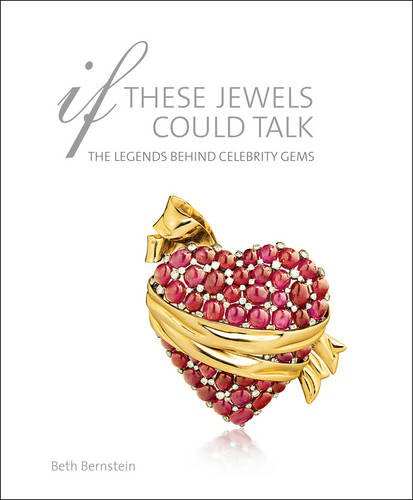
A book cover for If These Jewels Could Talk: The Legends Behind Celebrity Gems; Beth Bernstein; Crafts, Hobbies & Home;